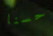
حسنا